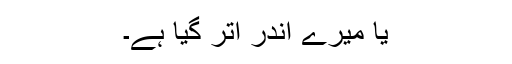
یا میرے اندر اُتر گیا ہے۔